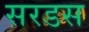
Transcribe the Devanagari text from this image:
सरडस